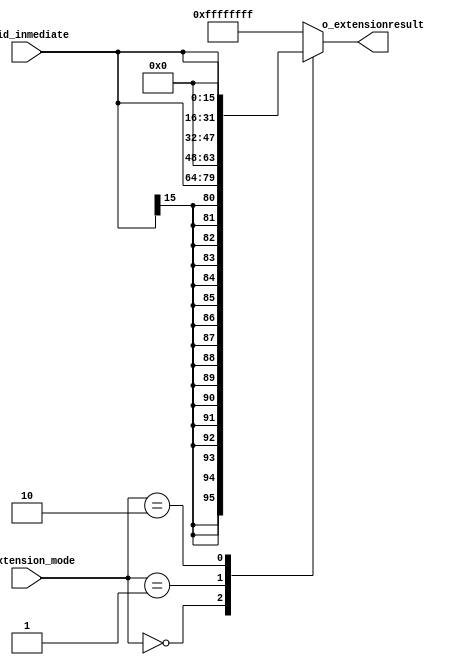
`timescale 1ns / 1ps

module SignExtend #(
        parameter BITS_INMEDIATE    = 16,
        parameter BITS_EXTEND       = 16,
        parameter BITS_OUT          = 32
    )
    (
        input   wire    [BITS_INMEDIATE-1:0]        i_id_inmediate, //16 bits de la instruccin recibida por etapa IF
        input   wire    [1:0]                       i_extension_mode,
        output  wire    [BITS_OUT-1:0]              o_extensionresult //resultado de la extensin de signo
    );
    
    reg     [BITS_OUT-1:0] result_extension;

    always @(*)
    begin
        case(i_extension_mode) //Dependiendo el tipo de instruccin recibida tengo que extender la instruccin de una forma u otra
            2'b00:      result_extension  <=  {{BITS_EXTEND{i_id_inmediate[BITS_INMEDIATE-1]}}, i_id_inmediate}  ; //coloca los 16 bits inmediatos en la parte baja y la parte alta la completa repitiendo el bit ms significativo del inmediato
            //1000 0000 0000 0000 -> 1111 1111 1111 1111 1000 0000 0000 0000
            2'b01:      result_extension  <=  {{BITS_EXTEND{1'b0}}, i_id_inmediate}; //coloca los 16 bits inmediatos en la parte baja y la parte alta la completa con 0
            //1000 0000 0000 0000 -> 0000 0000 0000 0000 1000 0000 0000 0000
            2'b10:      result_extension  <=  {i_id_inmediate,{BITS_EXTEND{1'b0}}}; //coloca 0 en la parte baja  y en la parte alta coloca los 16 bits inmediatos
            //1000 0000 0000 0000 -> 1000 0000 0000 0000 0000 0000 0000 0000   
            default:    result_extension  <= -1;
        endcase
    end

    assign o_extensionresult = result_extension;
    
endmodule